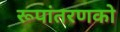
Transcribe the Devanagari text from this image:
रूपांतरणको